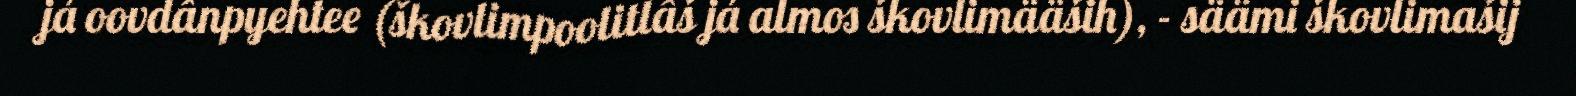
já oovdânpyehtee (škovlimpoolitlâš já almos škovlimääših), - säämi škovlimašij